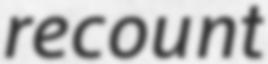
recount